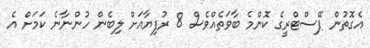
އެގޮތުން ޕޭސްޓްރީގެ ކޮންމެ ބާވަތެއްވެސް 8 ރުފިޔާއަށް ލިބެން ހުންނާނެ ކަމަށް އެ